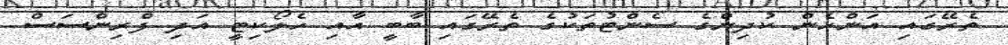
ތެރޭގައި އަންހެން ކުދިންގެ ސެންޓުތަކުގެ ތެރޭގައި ބާބީ އާއި ހެލޯކިޓީ އަދި ފްރިންސަސް